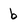
Character: b